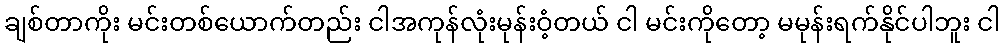
ချစ်တာကိုး မင်းတစ်ယောက်တည်း ငါအကုန်လုံးမုန်းဝံ့တယ် ငါ မင်းကိုတော့ မမုန်းရက်နိုင်ပါဘူး ငါ